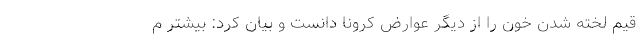
قیم لخته شدن خون را از دیگر عوارض کرونا دانست و بیان کرد: بیشتر م